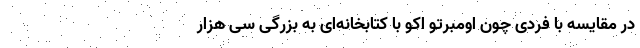
در مقایسه با فردی چون اومبرتو اکو با کتابخانه‌ای به بزرگی سی هزار